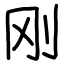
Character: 刚